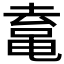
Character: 𱋿